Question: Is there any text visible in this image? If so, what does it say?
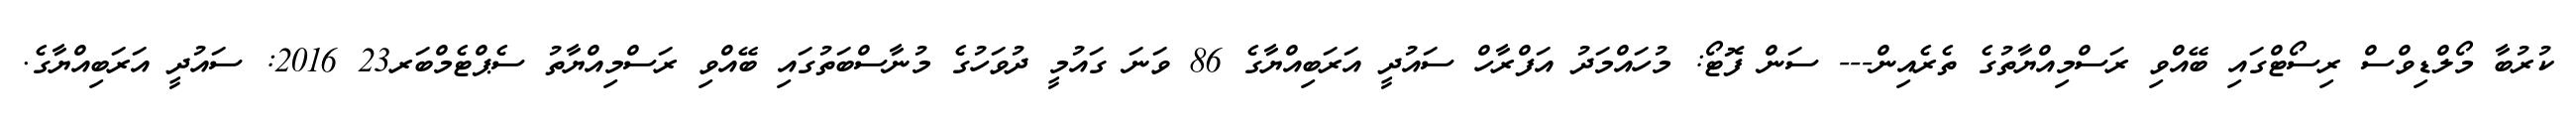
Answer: ކުރުބާ މޯލްޑިވްސް ރިސޯޓްގައި ބޭއްވި ރަސްމިއްޔާތުގެ ތެރެއިން--- ސަން ފޮޓޯ: މުހައްމަދު އަފްރާހް ސައުދީ އަރަބިއްޔާގެ 86 ވަނަ ގައުމީ ދުވަހުގެ މުނާސްބަތުގައި ބޭއްވި ރަސްމިއްޔާތު ސެޕްޓެމްބަރ23 2016: ސައުދީ އަރަބިއްޔާގެ.